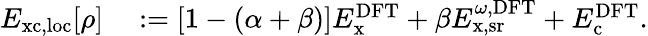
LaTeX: \begin{array}{rl}{E_{\mathrm{xc,loc}}[\rho]}&{{}:=[1-(\alpha+\beta)]E_{\mathrm{x}}^{\mathrm{DFT}}+\beta E_{\mathrm{x},\mathrm{sr}}^{\omega,\mathrm{DFT}}+E_{\mathrm{c}}^{\mathrm{DFT}}.}\end{array}